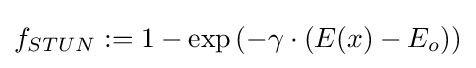
f_{STUN}:=1-\exp \left(-\gamma \cdot \left(E(x)-E_{o}\right)\right)